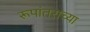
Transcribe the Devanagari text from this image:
रूपांतराच्या